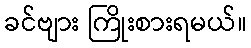
ခင်ဗျား ကြိုးစားရမယ်။